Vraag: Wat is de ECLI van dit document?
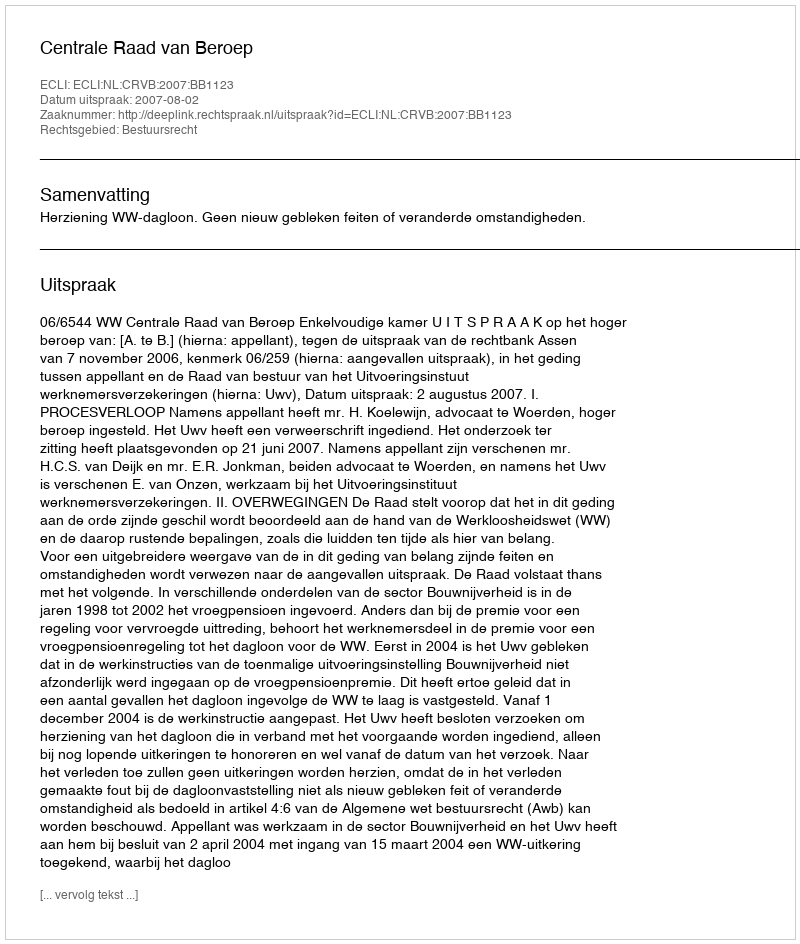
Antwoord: ECLI:NL:CRVB:2007:BB1123